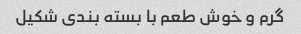
گرم و خوش طعم با بسته بندی شکیل